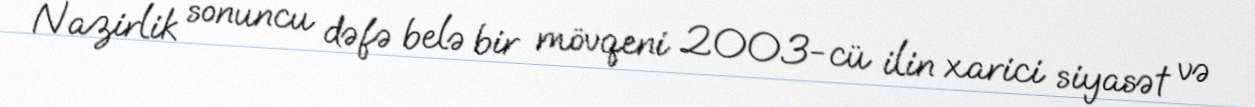
Nazirlik sonuncu dəfə belə bir mövqeni 2003-cü ilin xarici siyasət və